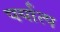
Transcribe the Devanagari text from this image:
पर्यात्प